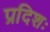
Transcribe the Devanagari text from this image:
प्रदिशः